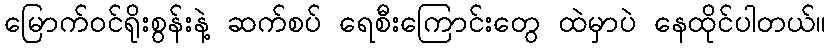
မြောက်ဝင်ရိုးစွန်းနဲ့ ဆက်စပ် ရေစီးကြောင်းတွေ ထဲမှာပဲ နေထိုင်ပါတယ်။